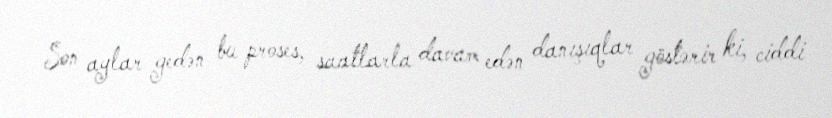
Son aylar gedən bu proses, saatlarla davam edən danışıqlar göstərir ki, ciddi